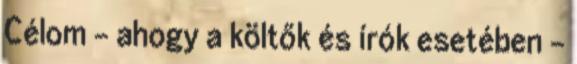
Célom – ahogy a költők és írók esetében –